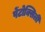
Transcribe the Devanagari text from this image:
पेंटोक्सिली